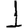
Digit: 1